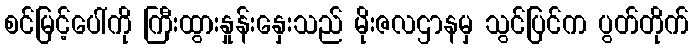
စင်မြင့်ပေါ်ကို ကြီးထွားနှုန်းနှေးသည် မိုးဇလဌာနမှ သွင်ပြင်က ပွတ်တိုက်